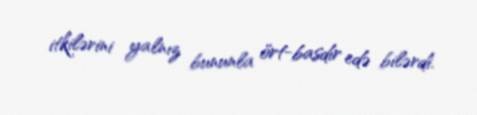
itkilərini yalnız bununla ört-basdır edə bilərdi.